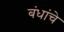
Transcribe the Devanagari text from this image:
बंधांचे